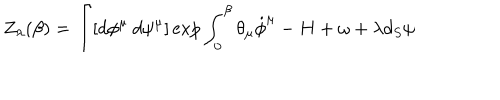
Z _ { \lambda } ( \beta ) = \int [ d \phi ^ { \mu } \: d \psi ^ { \mu } ] \exp { \int _ { 0 } ^ { \beta } \theta _ { \mu } \dot { \phi } ^ { \mu } - H + \omega + \lambda d _ { S } \psi }